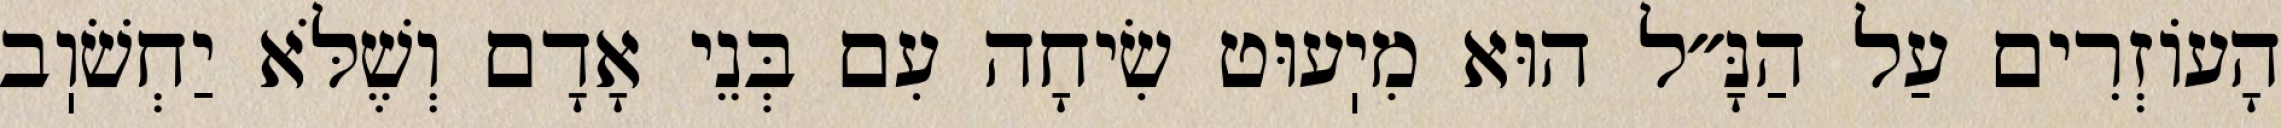
הָעוֹזְרִים עַל הַנָּ״ל הוּא מִיֽעוּט שִׂיחָה עִם בְּנֵי אָדָם וְשֶׁלֹּא יַחְשֹׁוֽב